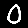
Digit: 0